Report of an investigation into the causes of malaria in Bombay and the measures necessary for its control
Disease focus: Malaria
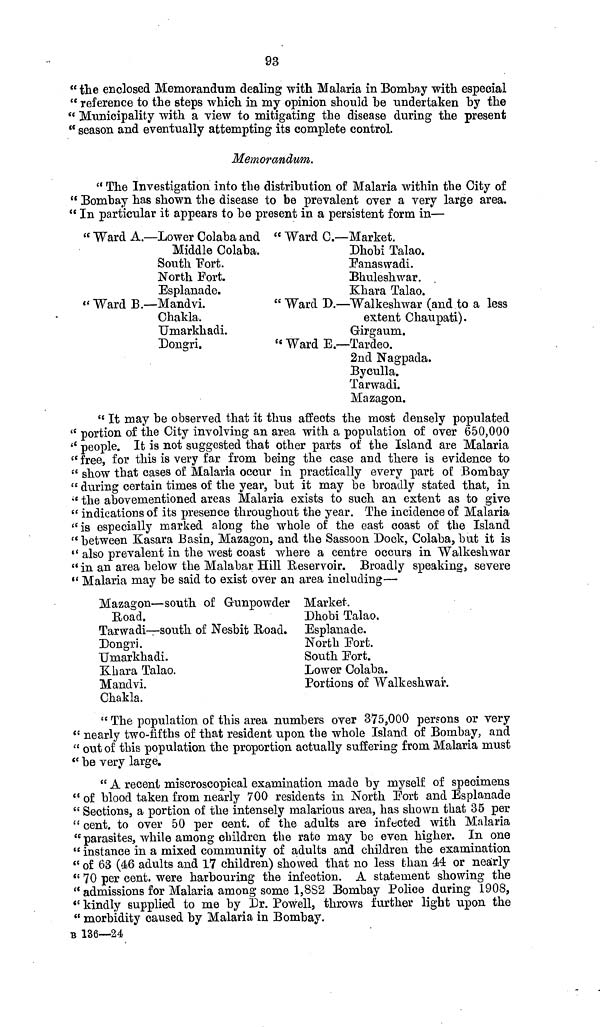
93
" the enclosed Memorandum dealing with Malaria in Bombay with especial
" reference to the steps which in my opinion should be undertaken by the
" Municipality with a view to mitigating the disease during the present
" season and eventually attempting its complete control.
Memorandum.
" The Investigation into the distribution of Malaria within the City of
" Bombay has shown the disease to be prevalent over a very large area.
"In particular it appears to be present in a persistent form in—
" Ward A.—Lower Colaba and
Middle Colaba.
South Fort.
North Fort.
Esplanade.
Ward B.—Mandvi.
Chakla.
Umarkhadi.
Dongri.
Ward C.—Market.
Dhobi Talao.
Fanaswadi.
Bhuleshwar.
Khara Talao.
" Ward D.—Walkeshwar (and to a less
extent Chaupati).
Girgaum.
" Ward E.—Tardeo.
2nd Nagpada.
Byculla.
Tarwadi.
Mazagon.
" It may be observed that it thus affects the most densely populated
" portion of the City involving an area with a population of over 650,000
" people. It is not suggested that other parts of the Island are Malaria
" free, for this is very far from being the case and there is evidence to
" show that cases of Malaria occur in practically every part of Bombay
" during certain times of the year, but it may be broadly stated that, in
" the abovementioned areas Malaria exists to such an extent as to give
" indications of its presence throughout the year. The incidence of Malaria
"is especially marked along the whole of the east coast of the Island
" between Kasara Basin, Mazagon, and the Sassoon Dock, Colaba, but it is
" also prevalent in the west coast where a centre occurs in Walkeshwar
" in an area below the Malabar Hill Reservoir. Broadly speaking, severe
" Malaria may be said to exist over an area including—
Mazagon—south of Gunpowder
Road.
Tarwadi—south of Nesbit Road.
Dongri.
Umarkhadi.
Khara Talao.
Mandvi.
Chakla.
Market.
Dhobi Talao.
Esplanade.
North Fort.
South Port.
Lower Colaba.
Portions of Walkeshwar.
" The population of this area numbers over 375,000 persons or very
" nearly two-fifths of that resident upon the whole Island of Bombay, and
" out of this population the proportion actually suffering from Malaria must
" be very large.
" A recent miscroscopical examination made by myself of specimens
" of blood taken from nearly 700 residents in North Port and Esplanade
" Sections, a portion of the intensely malarious area, has shown that 35 per
" cent. to over 50 per cent. of the adults are infected with Malaria
" parasites, while among children the rate may be even higher. In one
" instance in a mixed community of adults and children the examination
" of 63 (46 adults and 17 children) showed that no less than 44 or nearly
" 70 per cent. were harbouring the infection. A statement showing the
" admissions for Malaria among some 1,8S2 Bombay Police daring 1908,
" kindly supplied to me by Dr. Powell, throws further light upon the
" morbidity caused by Malaria in Bombay.
B 136—24